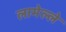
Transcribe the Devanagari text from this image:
लामेल्ले